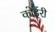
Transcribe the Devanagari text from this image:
कोईरी